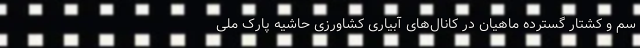
سم و کشتار گسترده ماهیان در کانال‌های آبیاری کشاورزی حاشیه پارک ملی